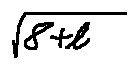
\sqrt { 8 + l }